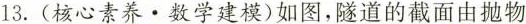
13. (核心素养·数学建模)如图，隧道的截面由抛物